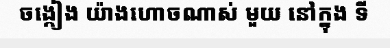
ចង្កៀង យ៉ាងហោចណាស់ មួយ នៅក្នុង ទី